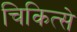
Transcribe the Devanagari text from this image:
चिकित्से